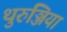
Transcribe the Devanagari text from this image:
थुरुञ्जिया